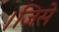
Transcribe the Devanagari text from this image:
।जिसे